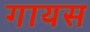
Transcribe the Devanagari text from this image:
गायस